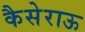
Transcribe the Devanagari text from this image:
कैसेराऊ